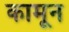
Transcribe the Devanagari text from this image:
कामून